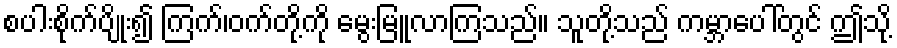
စပါးစိုက်ပျိုး၍ ကြက်၊ဝက်တို့ကို မွေးမြူလာကြသည်။ သူတို့သည် ကမ္ဘာပေါ်တွင် ဤသို့